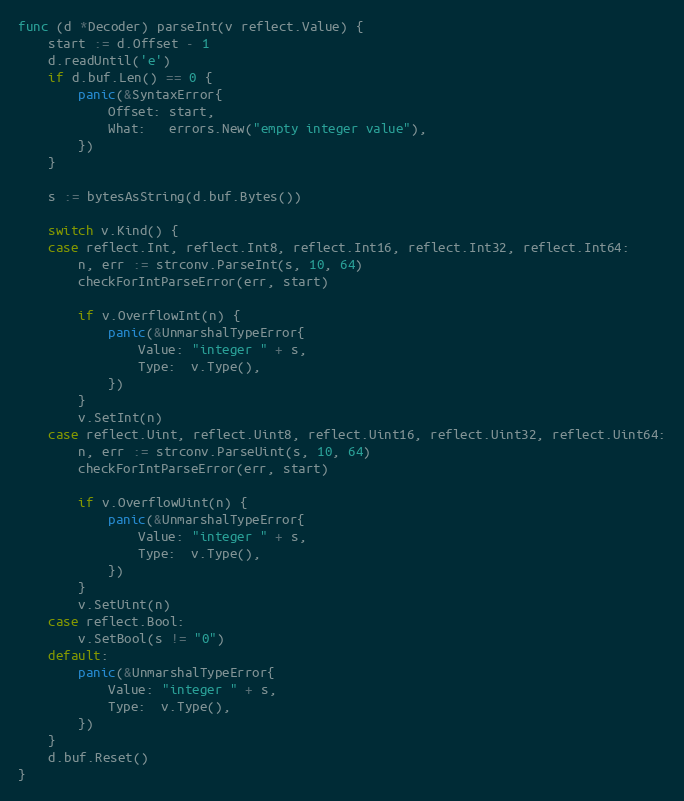
Language: Go
func (d *Decoder) parseInt(v reflect.Value) {
	start := d.Offset - 1
	d.readUntil('e')
	if d.buf.Len() == 0 {
		panic(&SyntaxError{
			Offset: start,
			What:   errors.New("empty integer value"),
		})
	}

	s := bytesAsString(d.buf.Bytes())

	switch v.Kind() {
	case reflect.Int, reflect.Int8, reflect.Int16, reflect.Int32, reflect.Int64:
		n, err := strconv.ParseInt(s, 10, 64)
		checkForIntParseError(err, start)

		if v.OverflowInt(n) {
			panic(&UnmarshalTypeError{
				Value: "integer " + s,
				Type:  v.Type(),
			})
		}
		v.SetInt(n)
	case reflect.Uint, reflect.Uint8, reflect.Uint16, reflect.Uint32, reflect.Uint64:
		n, err := strconv.ParseUint(s, 10, 64)
		checkForIntParseError(err, start)

		if v.OverflowUint(n) {
			panic(&UnmarshalTypeError{
				Value: "integer " + s,
				Type:  v.Type(),
			})
		}
		v.SetUint(n)
	case reflect.Bool:
		v.SetBool(s != "0")
	default:
		panic(&UnmarshalTypeError{
			Value: "integer " + s,
			Type:  v.Type(),
		})
	}
	d.buf.Reset()
}